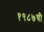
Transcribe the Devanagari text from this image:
१९८७ची